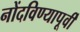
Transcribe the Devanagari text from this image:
नोंदविण्यापूर्वी